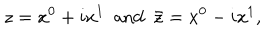
z = x ^ { 0 } + i x ^ { 1 } \ \ \mathrm { a n d } \ \ \bar { z } = x ^ { 0 } - i x ^ { 1 } ,